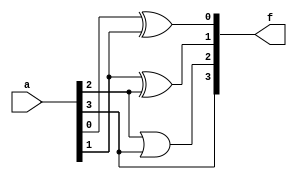
module bcd_to_grey (a,f);
	input [3:0]a;
	output [3:0]f;
	xor o1(f[0], a[0], a[1]);
	xor o2(f[1], a[1], a[2]);
	or(f[2], a[2], a[3]);
	assign f[3] = a[3];
endmodule

module testbench;
	reg [3:0]a;
	wire [3:0]f;
	bcd_to_grey grey(a,f);
	initial
		begin
			$monitor(,$time," a=%4b, f=%4b",a,f);
			#0 a=4'b0000;
				repeat(9)
			#10 a=a+4'b0001;
		end
endmodule